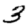
Digit: 3